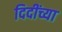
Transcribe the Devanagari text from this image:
दिदींच्या